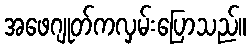
အဖေဂျုတ်ကလှမ်းပြောသည်။